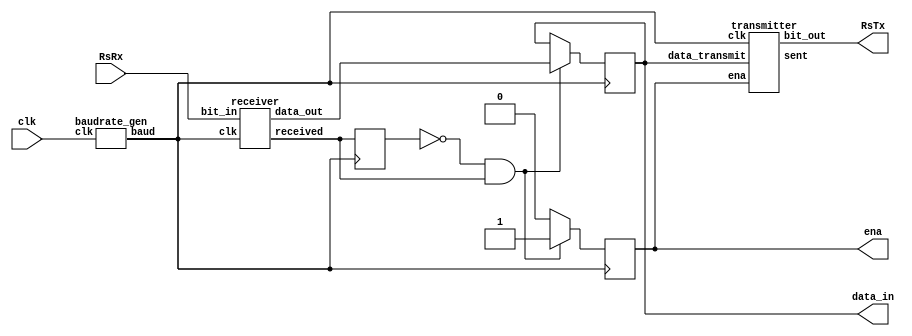
`timescale 1ns / 1ns
//////////////////////////////////////////////////////////////////////////////////
// Company: 
// Engineer: 
// 
// Design Name: 
// Module Name: uart
// Project Name: 
// Target Devices: 
// Tool Versions: 
// Description: 
// 
// Dependencies: 
// 
// Revision:
// Revision 0.01 - File Created
// Additional Comments:
// 
//////////////////////////////////////////////////////////////////////////////////


module uart(
    input clk,
    input RsRx,
    output RsTx,
    output reg [7:0] data_in,
    output reg ena
    );
    
    reg last_rec;
    wire [7:0] data_out;
    wire sent, received, baud;
    
    
    baudrate_gen baudrate_gen(clk, baud);
    receiver receiver(baud, RsRx, received, data_out);
    transmitter transmitter(baud, data_in, ena, sent, RsTx);

    always @(posedge baud)
    begin
        if (ena == 1) ena = 0;
        
        if (~last_rec & received) begin
            data_in = data_out;
            ena = 1;
        end
        last_rec = received;
    end
   
endmodule

module transmitter(
    input clk,
    input [7:0] data_transmit,
    input ena,
    output reg sent,
    output reg bit_out
);
    reg last_ena;
    reg sending = 0;
    reg [7:0] count;
    reg [7:0] temp;
    
    always@(posedge clk) 
    begin
        if (~sending & ~last_ena & ena) 
        begin
            temp <= data_transmit;
            sending <= 1;
            sent <= 0;
            count <= 0;
        end
        
        last_ena <= ena;
        
        if (sending) count <= count + 1;
        else begin count <= 0; bit_out <= 1; end
        
        case (count)
            8'd8: bit_out <= 0;
            8'd24: bit_out <= temp[0];  
            8'd40: bit_out <= temp[1];
            8'd56: bit_out <= temp[2];
            8'd72: bit_out <= temp[3];
            8'd88: bit_out <= temp[4];
            8'd104: bit_out <= temp[5];
            8'd120: bit_out <= temp[6];
            8'd136: bit_out <= temp[7];
            8'd152: begin sent <= 1; sending <= 0; end
        endcase
    end
endmodule

module receiver(
    input clk,
    input bit_in,
    output reg received,
    output reg [7:0] data_out
    );
    
    reg last_bit;
    reg receiving = 0;
    reg [7:0] count;
    
    always@(posedge clk) begin
        if (~receiving & last_bit & ~bit_in) 
        begin
            receiving <= 1;
            received <= 0;
            count <= 0;
        end

        last_bit <= bit_in;
      
        if (receiving) count <= count + 1;
        else count <= 0;
        
        case (count)
            8'd24: data_out[0] <= bit_in;
            8'd40: data_out[1] <= bit_in;
            8'd56: data_out[2] <= bit_in;
            8'd72: data_out[3] <= bit_in;
            8'd88: data_out[4] <= bit_in;
            8'd104: data_out[5] <= bit_in;
            8'd120: data_out[6] <= bit_in;
            8'd136: data_out[7] <= bit_in;
            8'd152: begin received <= 1; receiving <= 0; end
        endcase
    end
endmodule

module baudrate_gen(
    input clk,
    output reg baud
    );
    
    integer counter;
    always @(posedge clk)
    begin
        counter = counter + 1;
        if (counter == 325) begin counter = 0; baud = ~baud; end
    end
endmodule